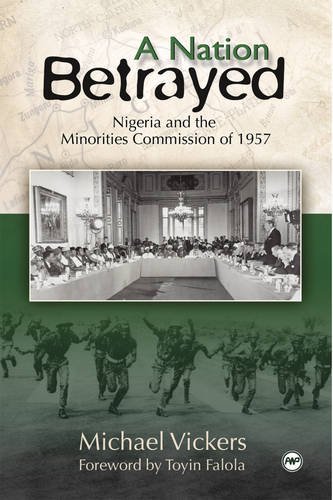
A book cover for A Nation Betrayed: Nigeria and the Minorities Commission of 1957; Michael Vickers; History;